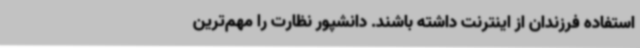
استفاده فرزندان از اینترنت داشته باشند. دانشپور نظارت را مهم‌ترین